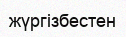
жүргізбестен